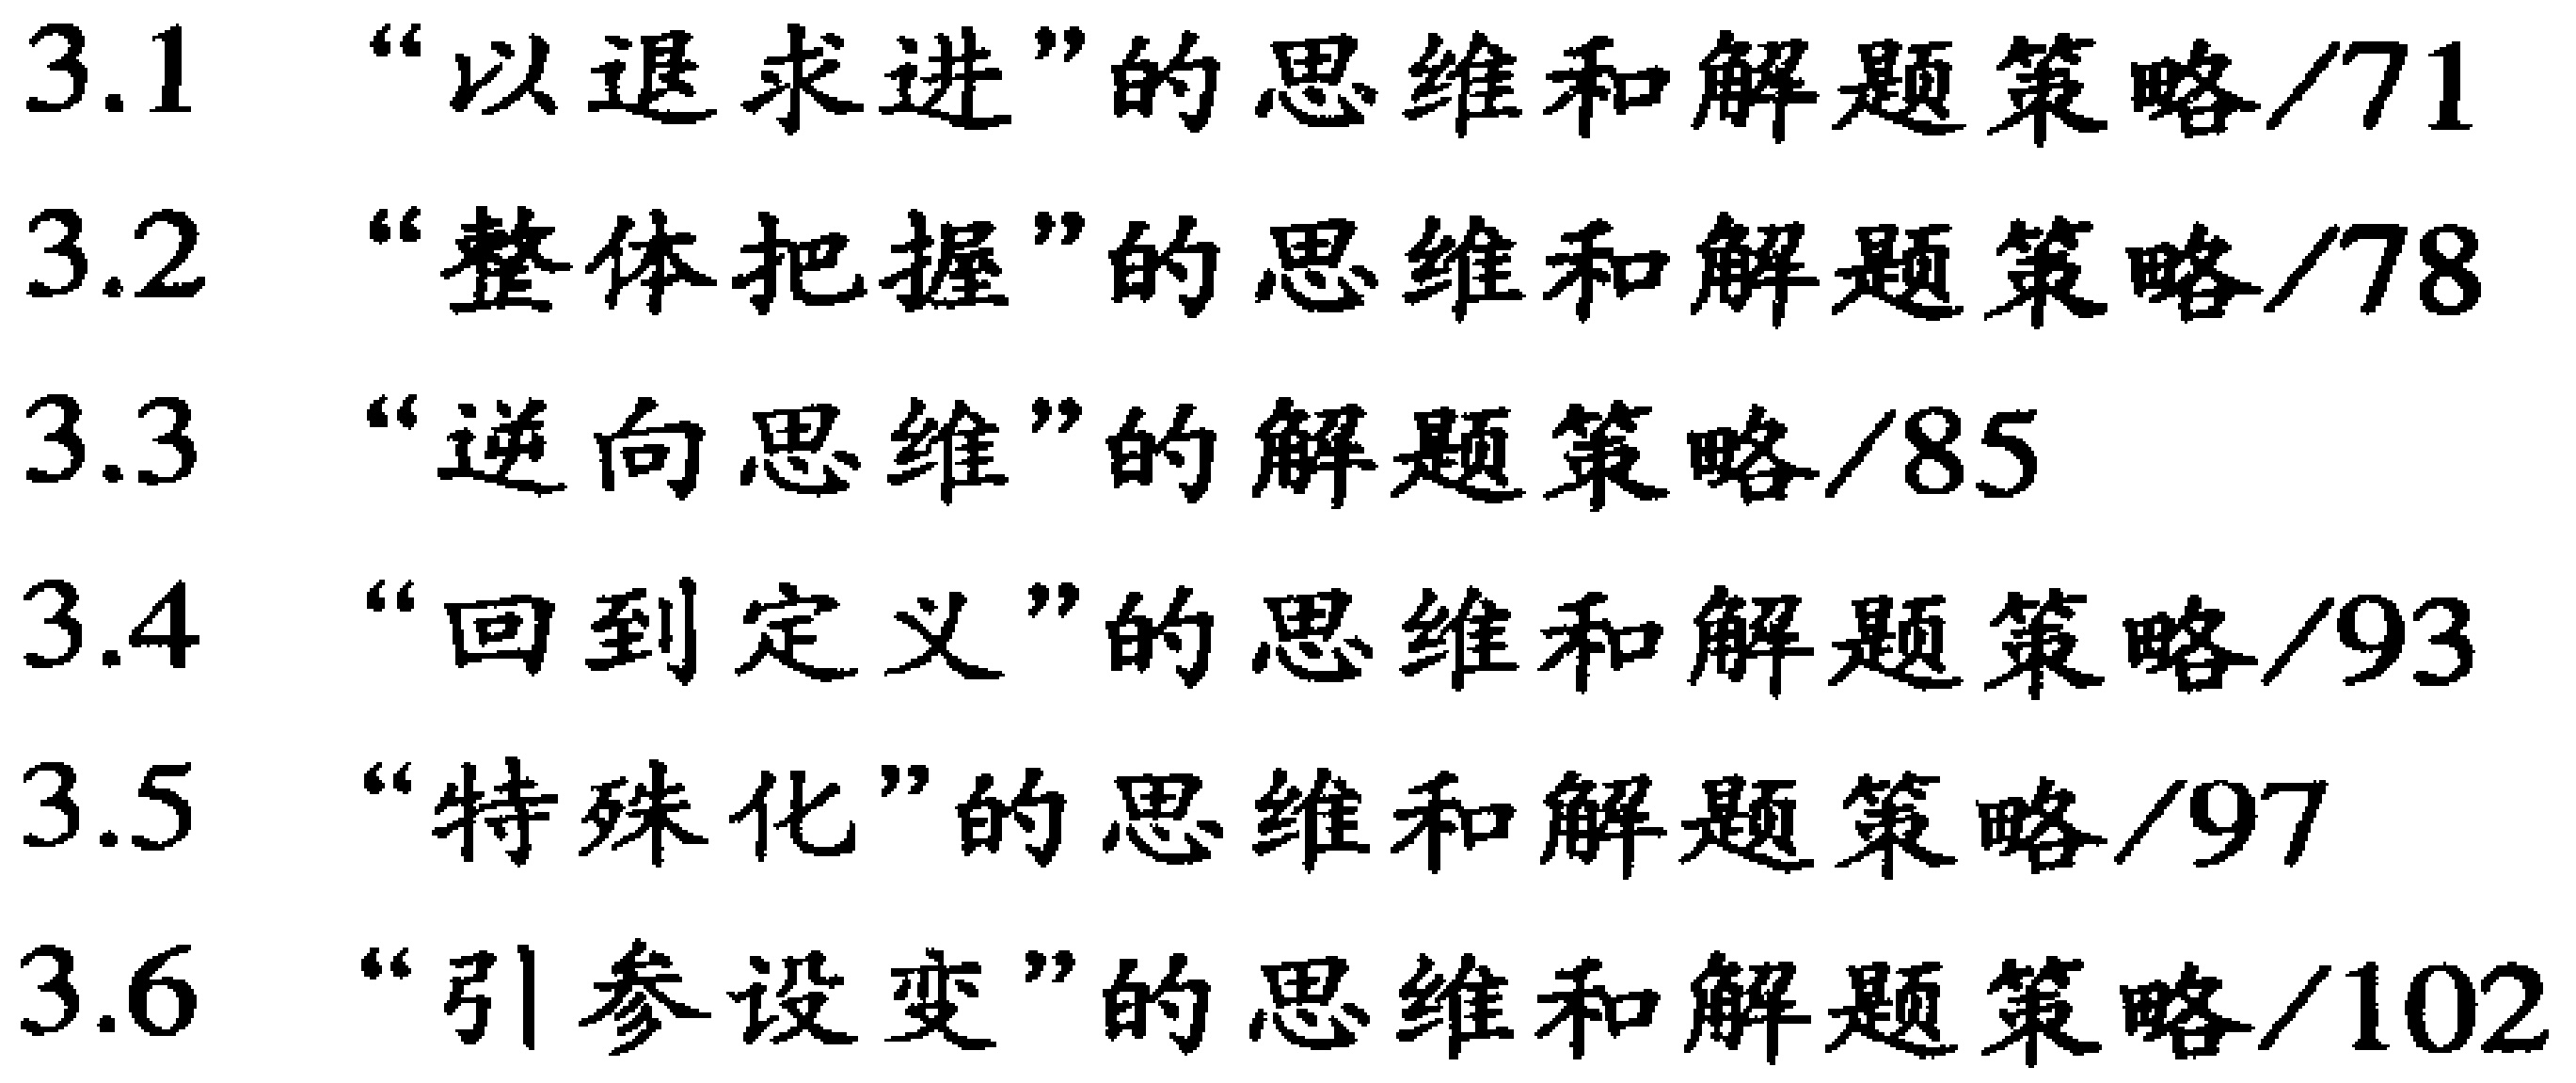
3.1 “以退求进”的思维和解题策略/71

3.2 “整体把握”的思维和解题策略/78

3.3 “逆向思维”的解题策略/85

3.4 “回到定义”的思维和解题策略/93

3.5 “特殊化”的思维和解题策略/97

3.6 “引参设变”的思维和解题策略/102